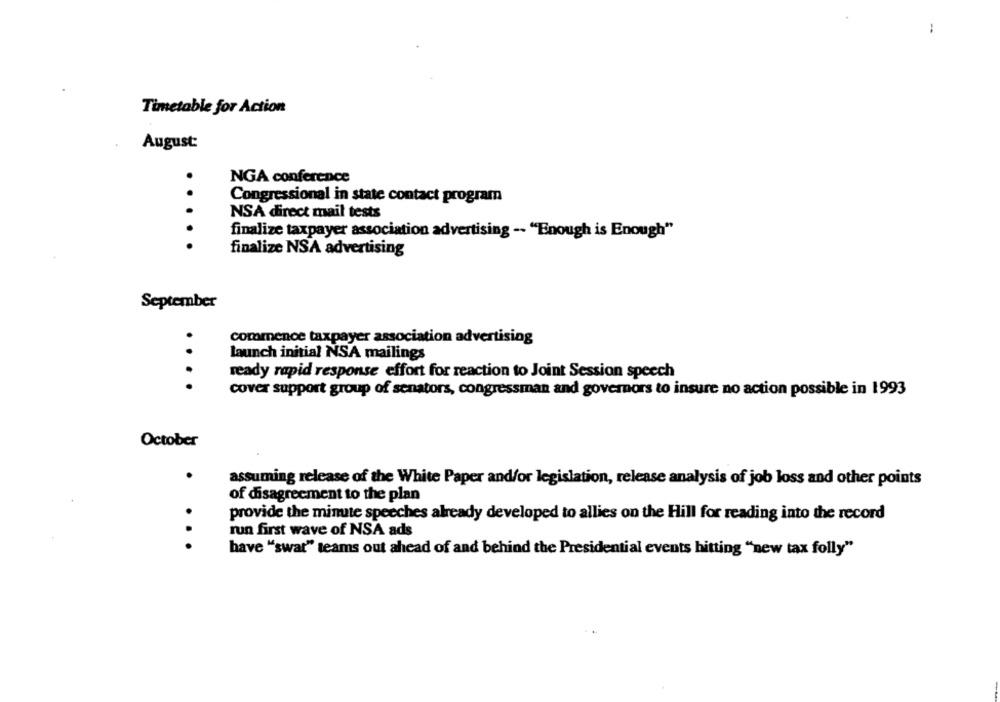
:
Timetable for Action
August:
NGA conference
Congressional in state contact program
NSA direct mail tests
finalize taxpayer association advertising -- "Enough is Enough"
.....
finalize NSA advertising
September
commence taxpayer association advertising
launch initial NSA mailings
ready rapid response effort for reaction to Joint Session speech
....
cover support group of senators, congressman and governors to insure no action possible in 1993
October
.
assuming release of the White Paper andfor legislation, release analysis of job loss and other points
of disagreement to the plan
provide the minute speeches already developed to allies on the Hill for reading into the record
run first wave of NSA ads
..
have "swat" teams out ahead of and behind the Presidential events hitting "new tax folly"